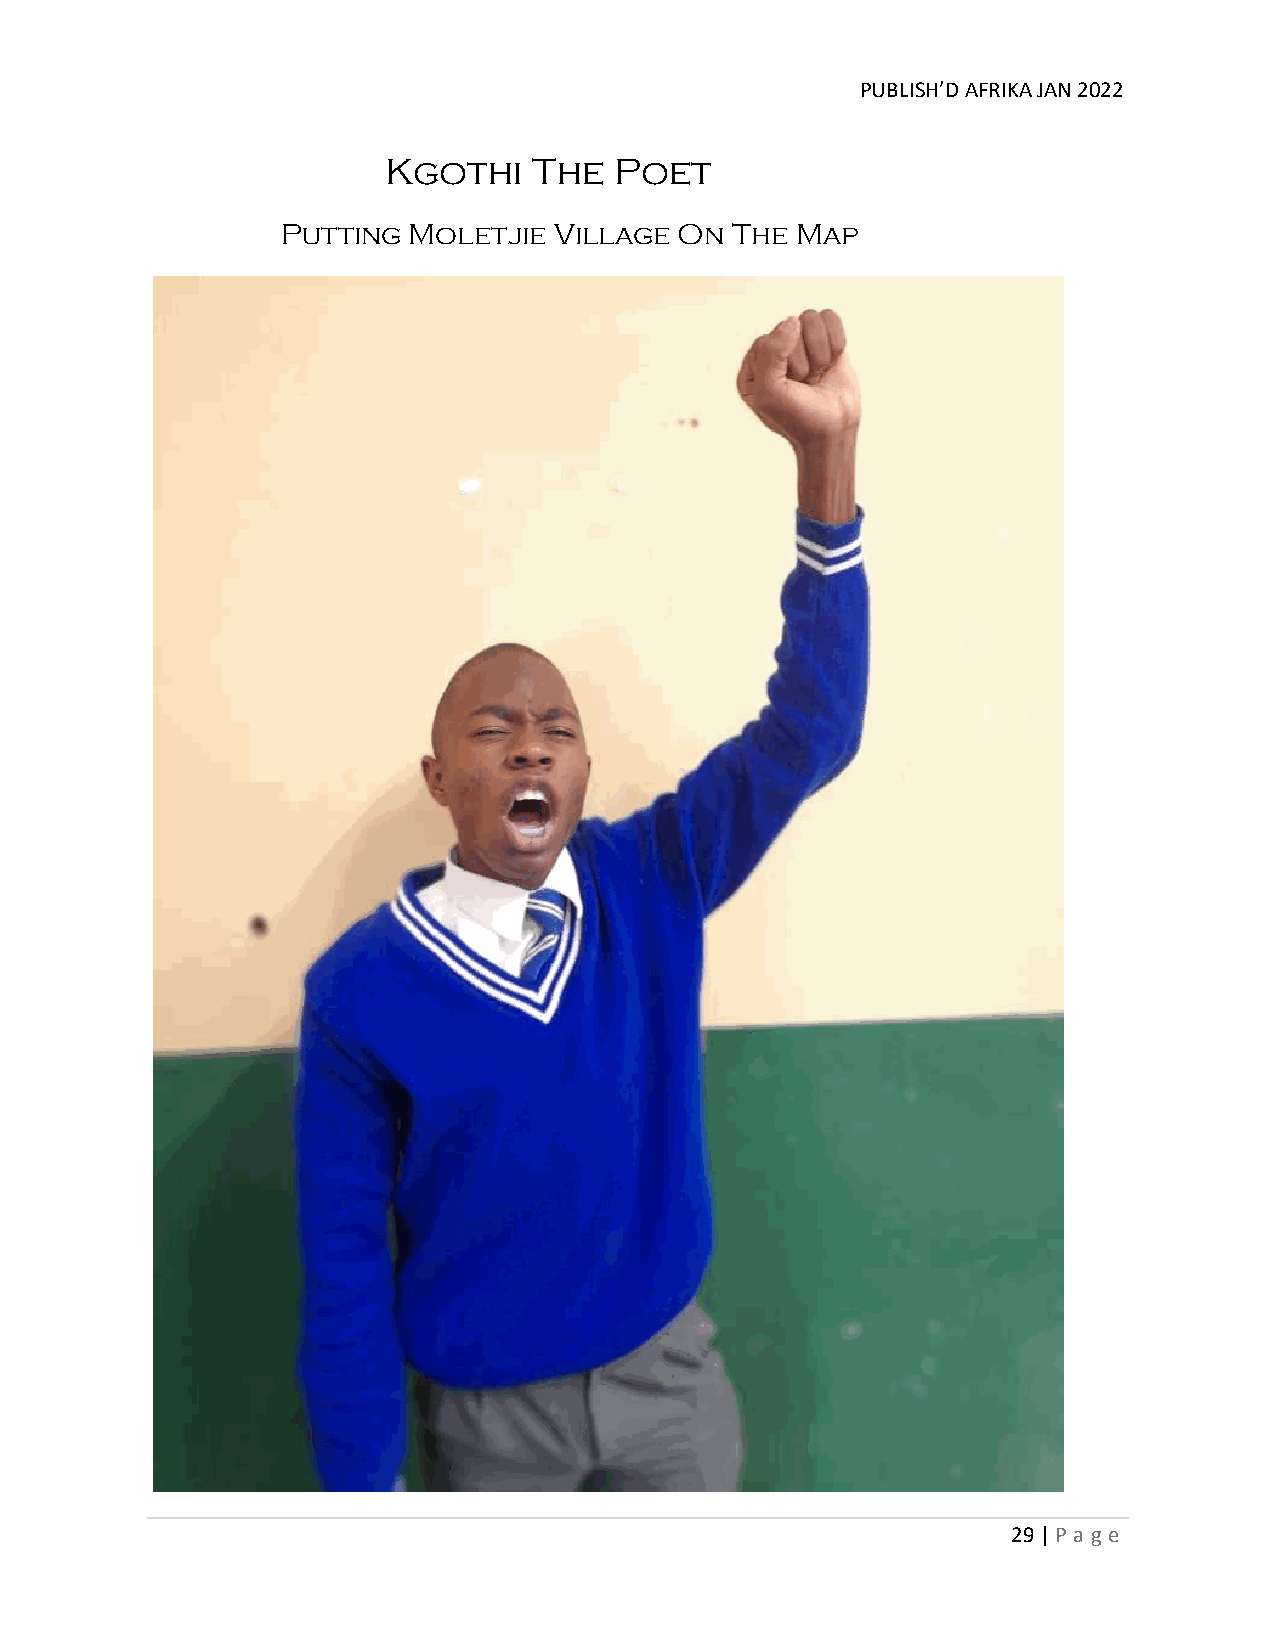
PUBLISH’D AFRIKA JAN 2022
 Kgothi    The   Poet
 Putting Moletjie  Village On The  Map
 29 | P age